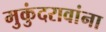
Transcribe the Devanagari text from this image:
मुकुंदरावांना